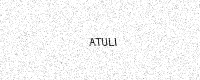
Text: ATULI